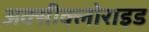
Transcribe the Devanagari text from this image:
अक्‍सीक्‍लोराइड